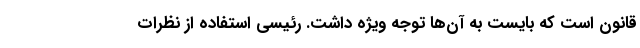
قانون است که بایست به آن‌ها توجه ویژه داشت. رئیسی استفاده از نظرات